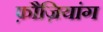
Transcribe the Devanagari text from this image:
फ़ौज़ियांग